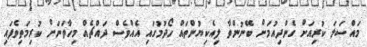
މައްސަލަ ކުރިއަށް ގެންދިއުމަށް ބޭނުންވާ ލިއެކިޔުންތައް ހޯދުމުގައި އެއްވެސް ދައްޗެއް މިހާތަނަށް ކުރިމަތިވެފައި